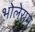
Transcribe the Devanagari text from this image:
भोलेराम